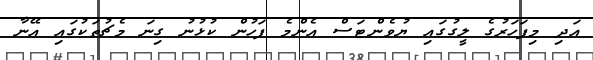
އަދި މިފަހަރުގެ ލީގުގައި ޔުވެންޓަސް އެންމެ ފަހުން ކުޅުނު ގިނަ މެޗުތަކުގައި އޭނާ